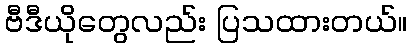
ဗီဒီယိုတွေလည်း ပြသထားတယ်။